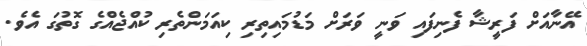
އޭނާއަށް ފަރީޝާ ފެނިފައި ވަނީ ވަރަށް މަޑުމައިތިރި ކިއަމަންތެރި ކުއްޖެއްގެ ގޮތުގަ އެވެ.